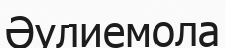
Әулиемола